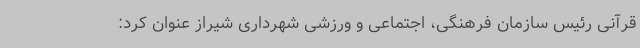
قرآنی رئیس سازمان فرهنگی، اجتماعی و ورزشی شهرداری شیراز عنوان کرد: